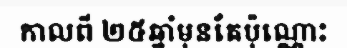
កាលពី ២៥ឆ្នាំមុនតែប៉ុណ្ណោះ